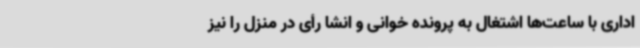
اداری با ساعت‌ها اشتغال به پرونده خوانی و انشا رأی در منزل را نیز